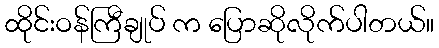
ထိုင်းဝန်ကြီချုပ် က ပြောဆိုလိုက်ပါတယ်။